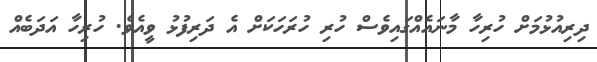
ދިރިއުޅުމަށް ހުރިހާ މާނައެއްގައިވެސް ހުރި ހުރަހަކަށް އެ ދަރިފުޅު ވީއެވެ. ހުރިހާ އަދަބެއް